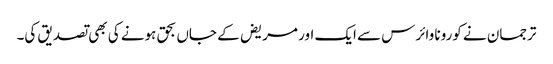
ترجمان نے کورونا وائرس سے ایک اور مریض کے جاں بحق ہونے کی بھی تصدیق کی۔